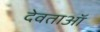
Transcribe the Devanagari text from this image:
देवताऑ